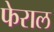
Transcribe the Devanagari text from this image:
फेराल